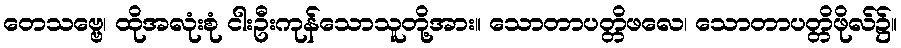
တေသဗ္ဗေ၊ ထိုအလုံးစုံ ငါးဦးကုန်သောသူတို့အား။ သောတာပတ္တိဖလေ၊ သောတာပတ္တိဖိုလ်၌။